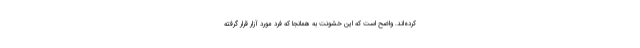
کرده‌اند. واضح است که این خشونت به همانجا که فرد مورد آزار قرار گرفته